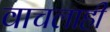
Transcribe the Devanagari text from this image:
वाचलाही